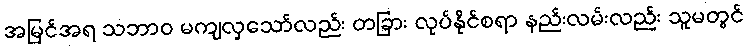
အမြင်အရ သဘာဝ မကျလှသော်လည်း တခြား လုပ်နိုင်စရာ နည်းလမ်းလည်း သူမတွင်